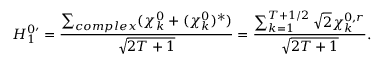
H _ { 1 } ^ { 0 \prime } = \frac { \sum _ { c o m p l e x } ( \chi _ { k } ^ { 0 } + ( \chi _ { k } ^ { 0 } ) ^ { * } ) } { \sqrt { 2 T + 1 } } = \frac { \sum _ { k = 1 } ^ { T + 1 / 2 } \sqrt { 2 } \chi _ { k } ^ { 0 , r } } { \sqrt { 2 T + 1 } } .